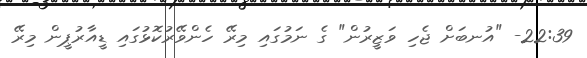
22:39- "އުނބަށް ޖެހި ވަޒީރުން" ގެ ނަމުގައި މިރޭ ހެންވޭރުކޮޅުގައި ޑީއާރުޕީން މިރޭ